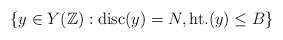
LaTeX: \begin{align*} \{y \in Y(\mathbb{Z}): \mathrm{disc}(y) =N, \mbox{ht.}(y) \leq B\}\end{align*}